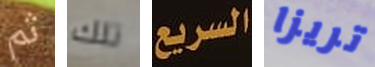
ثم تلك السريع تريزا